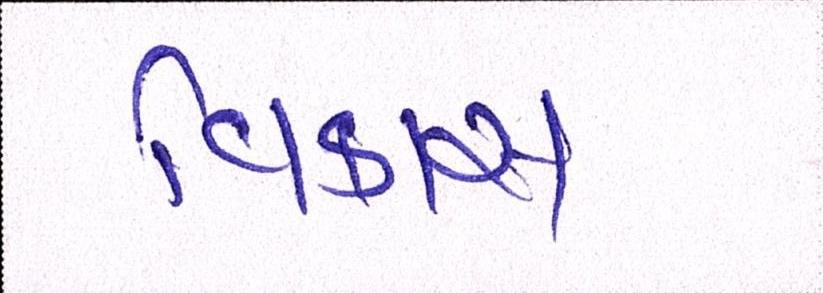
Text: વિકાસ